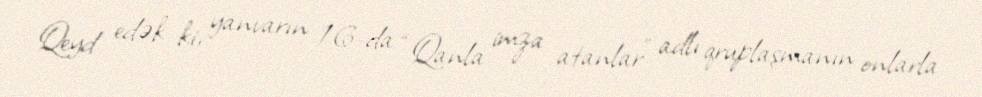
Qeyd edək ki, yanvarın 16-da “Qanla imza atanlar” adlı qruplaşmanın onlarla